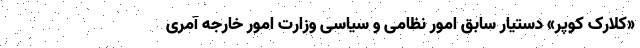
«کلارک کوپر» دستیار سابق امور نظامی و سیاسی وزارت امور خارجه آمری